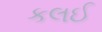
કલઈ